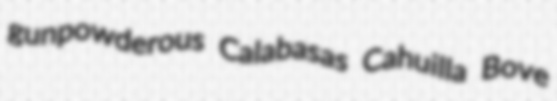
gunpowderous Calabasas Cahuilla Bove